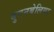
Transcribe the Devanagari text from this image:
बुगनबेलिया